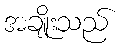
အချိုးသည်